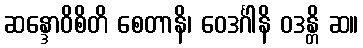
ဆန္ဒောဝိစိတိ စေတာနိ၊ ဝေဒင်္ဂါနိ ဝဒန္တိ ဆ။